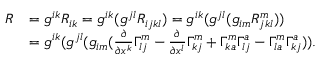
\begin{array} { r l } { R } & { = g ^ { i k } R _ { i k } = g ^ { i k } ( g ^ { j l } R _ { i j k l } ) = g ^ { i k } ( g ^ { j l } ( g _ { i m } R _ { j k l } ^ { m } ) ) } \\ & { = g ^ { i k } ( g ^ { j l } ( g _ { i m } ( \frac { \partial } { \partial { x ^ { k } } } \Gamma _ { l j } ^ { m } - \frac { \partial } { \partial { x ^ { l } } } \Gamma _ { k j } ^ { m } + \Gamma _ { k a } ^ { m } \Gamma _ { l j } ^ { a } - \Gamma _ { l a } ^ { m } \Gamma _ { k j } ^ { a } ) ) . } \end{array}